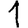
Digit: 1